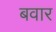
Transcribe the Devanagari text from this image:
बवार